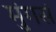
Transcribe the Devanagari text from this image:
मुंगसं